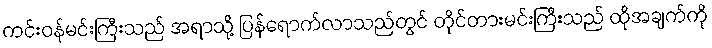
ကင်းဝန်မင်းကြီးသည် အရာသို့ ပြန်ရောက်လာသည်တွင် တိုင်တားမင်းကြီးသည် ထိုအချက်ကို